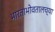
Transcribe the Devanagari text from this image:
भारताभोवतालच्या